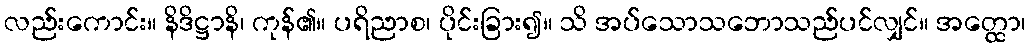
လည်းကောင်း။ နိဒိဋ္ဌာနိ၊ ကုန်၏။ ပရိညာစ၊ ပိုင်းခြား၍။ သိ အပ်သောသဘောသည်ပင်လျှင်။ အတ္ထော၊